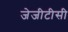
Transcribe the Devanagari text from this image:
जेजीटीसी